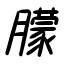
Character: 朦